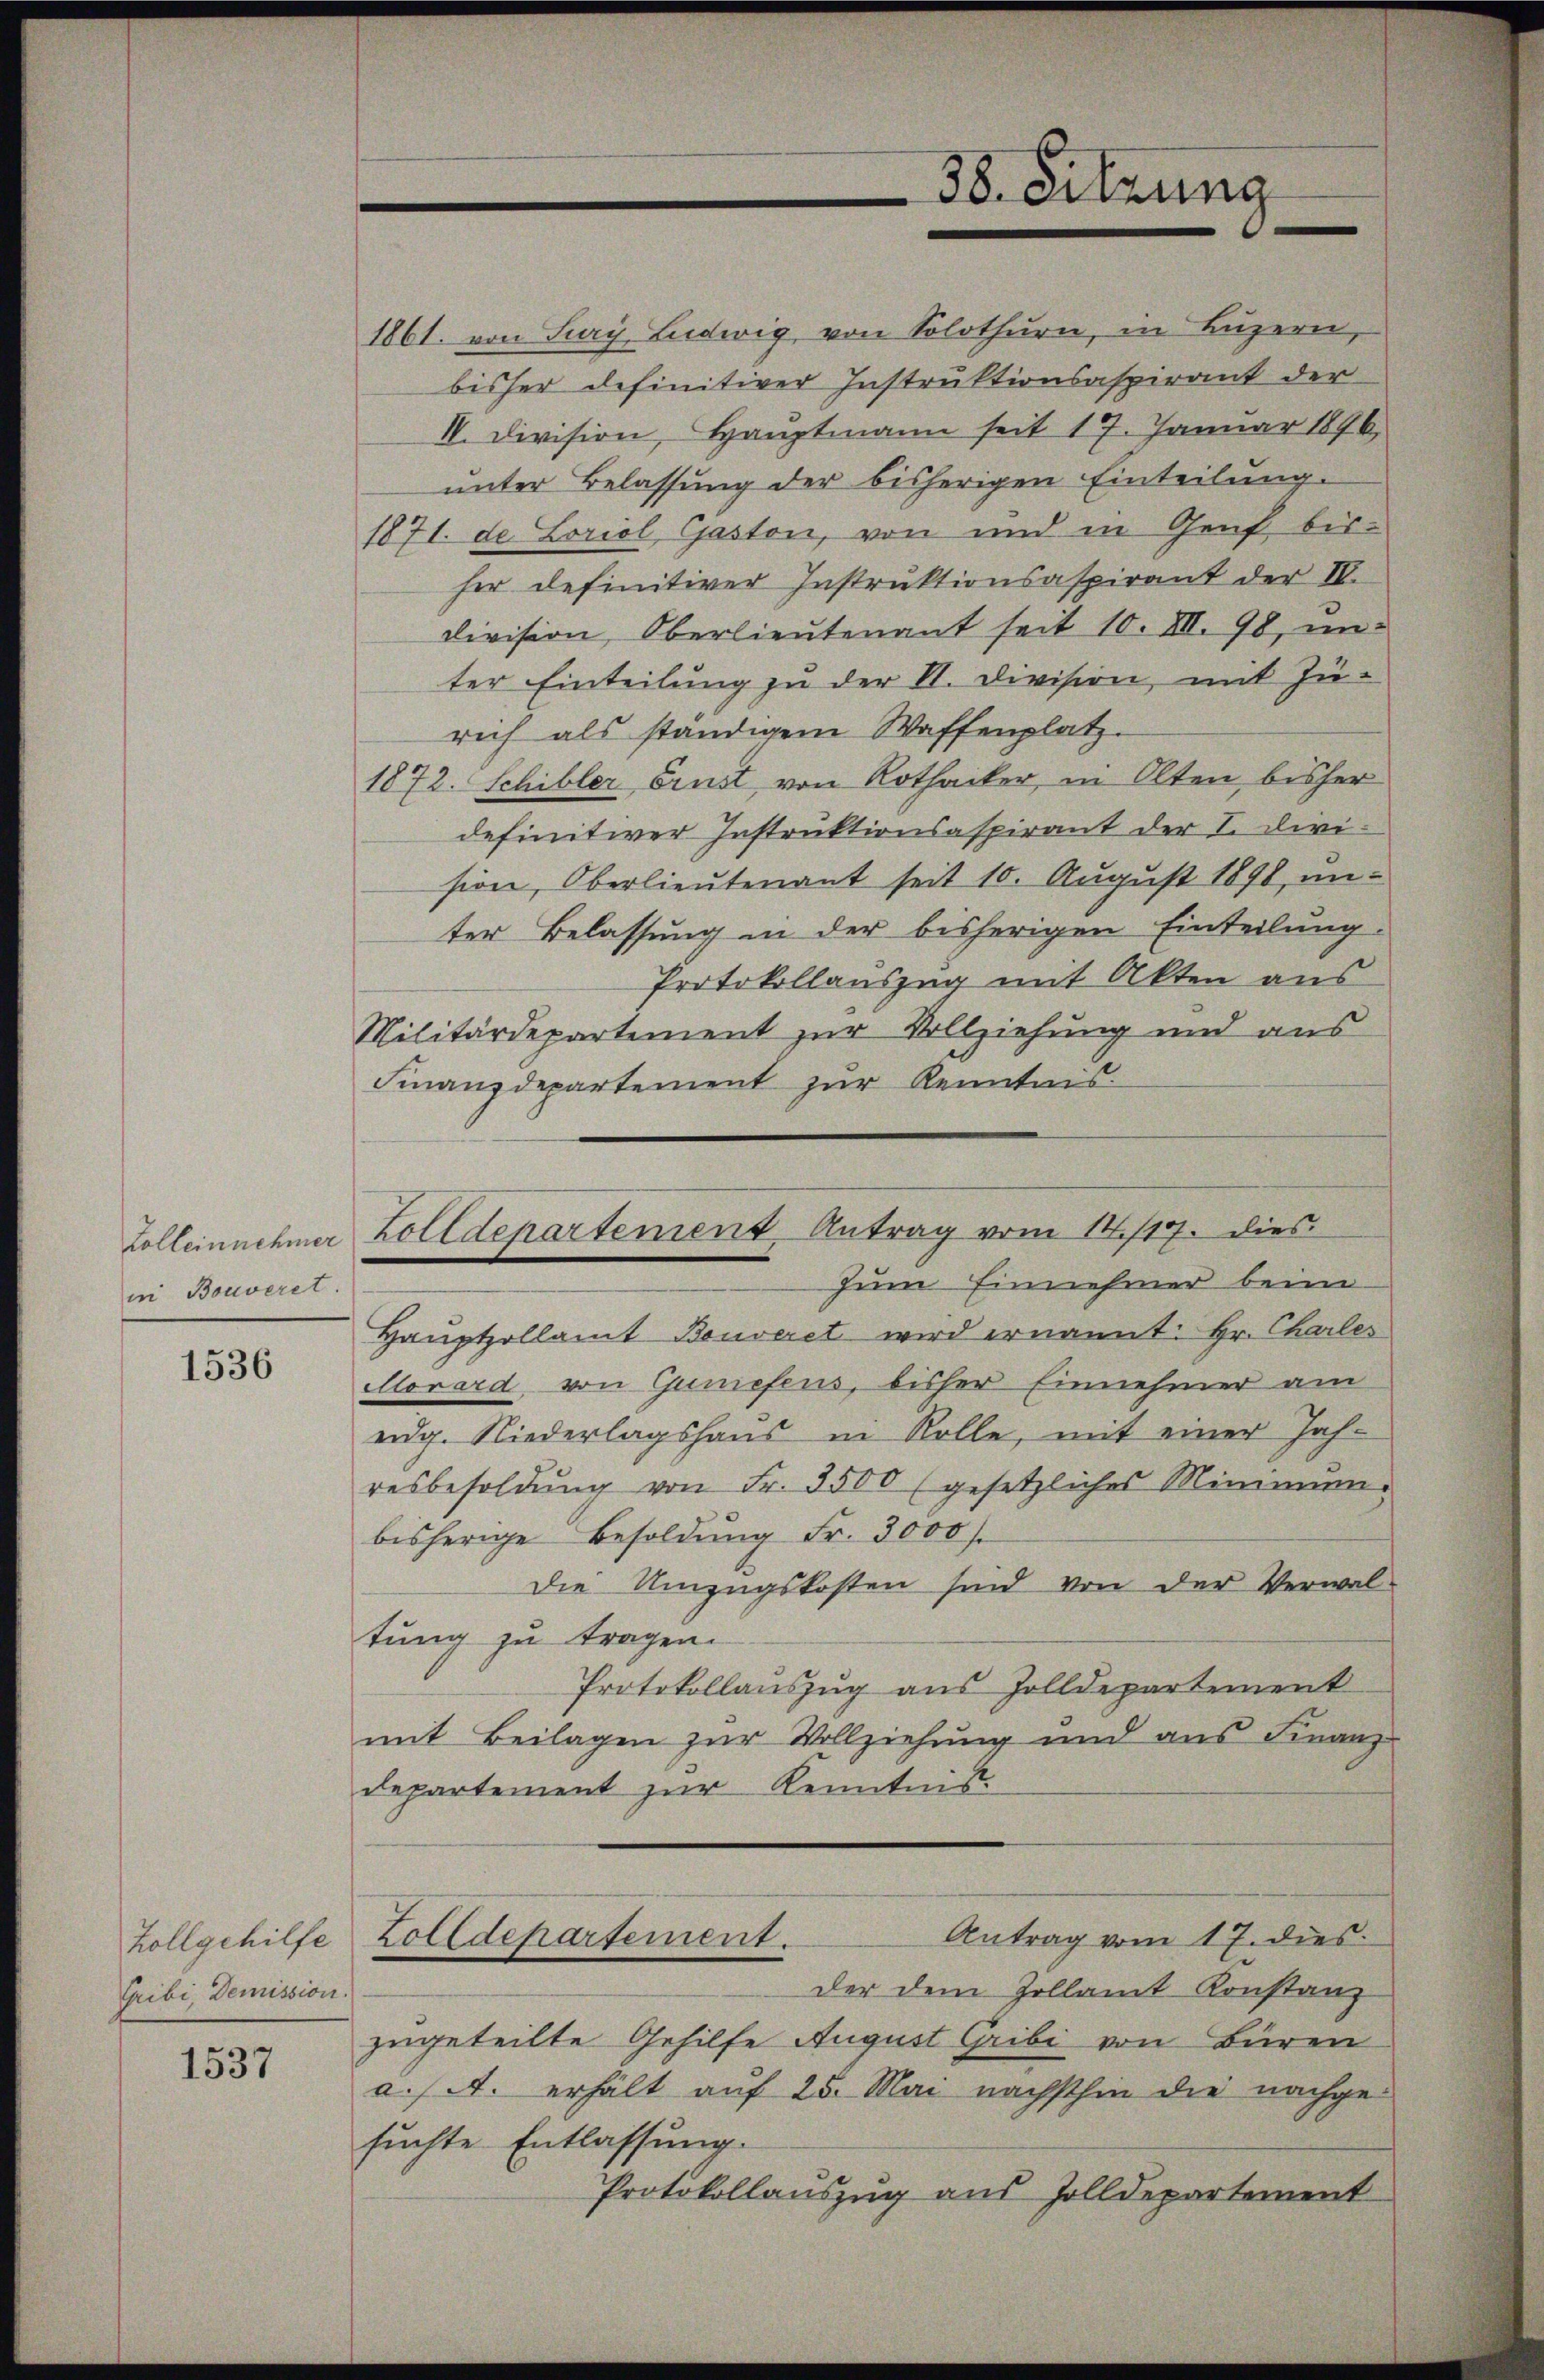
Colleinnehmer
in Bouveret.

1536

Zollgehilfe
Cribi, Demission

1537

1861. von Jury Ludwig von Solothurn, in Luzern,
bisher definitiver Instruktionsaspirant der
IV. Division, Hauptmann seit 17. Januar 1896,
unter Belassung der bisherigen Einteilung.
1871. de Loriol Gaston, von und in Genf bisher definitiver Instruktionsaspirant der IV.
division, Oberlieutenant seit 10. VII. 98, unter Einteilung zu der VI. Division, mit Zu-
rich als ständigem Waffenplatz.
1872. Schibler Brust von Rothacker, in Olten bisher
definitiver Instruktionsaspirant der I. Divi-
sion, Oberlieutenant seit 10. August 1890, unter Belassung in der bisherigen Einteilung
Protokollauszug mit Akten aus
Militärdepartement zur Vollziehung und aus
Finanzdepartement zur Kenntnis.
Hauptzollamt Bouveret wird ernannt: Hr. Charles
Morard, von Guniesens, bisher Einnehmer am
eidg. Niederlagshaus in Rolle, mit einer Jahresbesoldŭng von Fr. 5500 (gesetzliches Mini-
bisherige Besoldŭng Fr. 3000.
die Umzugskosten sind von der Verwal-
tung zu tragen.
Protokollauszug aus Zolldepartement
mit Beilagen zur Vollziehung und ans Finanz-
departement zur Kenntnis
Antrag vom 17. dies
Zolldepartement.
der dem Zollamt Konstanz
zugeteilte Gehilfe August Gribi von Büren
a. A. erhält auf 25. Mai nächsthin die nachgesuchte Entlassung.
Protokollauszug aus Zolldepartement

38. Sitzung

Zolldepartement Antrag vom 14./17. dies
zum Einnehmer beim